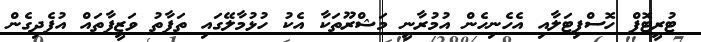
ޓުރީޓޮޕް ހޮސްޕިޓަލާއި އެހެނިހެން އުމުރާނީ މަޝްރޫތަކާ އެކު ހުޅުމާލޭގައި ތަފާތު ވަޒީފާތައް އުފެދިގެން